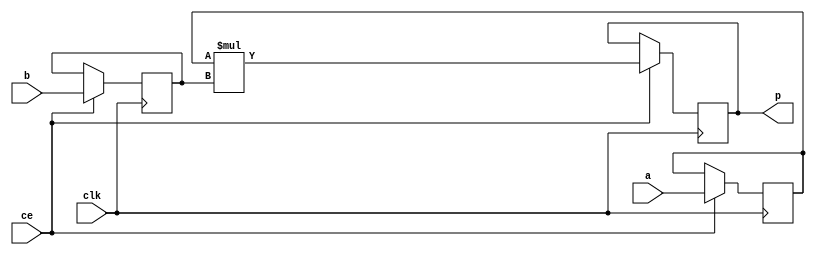
module sparse_mm_mul_32s_32s_32_3_Mul3S_0(clk, ce, a, b, p);
input clk;
input ce;
input[32 - 1 : 0] a; // synthesis attribute keep a "true"
input[32 - 1 : 0] b; // synthesis attribute keep b "true"
output[32 - 1 : 0] p;

reg signed [32 - 1 : 0] a_reg0;
reg signed [32 - 1 : 0] b_reg0;
wire signed [32 - 1 : 0] tmp_product;
reg signed [32 - 1 : 0] buff0;

assign p = buff0;
assign tmp_product = a_reg0 * b_reg0;
always @ (posedge clk) begin
    if (ce) begin
        a_reg0 <= a;
        b_reg0 <= b;
        buff0 <= tmp_product;
    end
end
endmodule